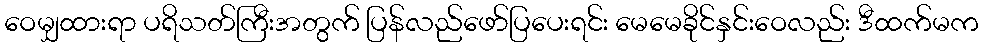
ဝေမျှထားရာ ပရိသတ်ကြီးအတွက် ပြန်လည်ဖော်ပြပေးရင်း မေမေခိုင်နှင်းဝေလည်း ဒီထက်မက